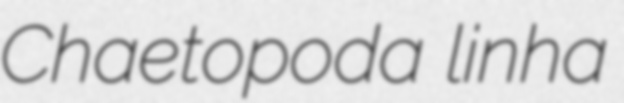
Chaetopoda linha